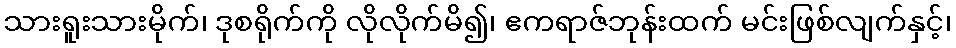
သားရူးသားမိုက်၊ ဒုစရိုက်ကို လိုလိုက်မိ၍၊ ဧကရာဇ်ဘုန်းထက် မင်းဖြစ်လျက်နှင့်၊